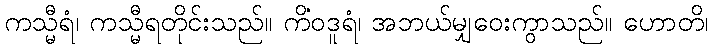
ကသ္မီရံ၊ ကသ္မီရတိုင်းသည်။ ကိံဝဒူရံ၊ အဘယ်မျှဝေးကွာသည်။ ဟောတိ၊